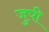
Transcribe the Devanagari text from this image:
जुपी